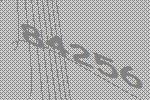
84256